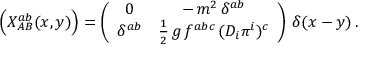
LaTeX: \Bigl ( X _ { A B } ^ { a b } ( x , y ) \Bigr ) = \left( \begin{array} { c c } { { 0 } } & { { - \, m ^ { 2 } \, \delta ^ { a b } } } \\ { { \delta ^ { a b } } } & { { \frac { 1 } { 2 } \, g \, f ^ { a b c } \, ( D _ { i } \pi ^ { i } ) ^ { c } } } \end{array} \right) \, \delta ( x - y ) \, .